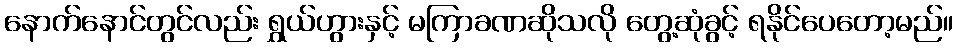
နောက်နောင်တွင်လည်း ရွှယ်ဟွားနှင့် မကြာခဏဆိုသလို တွေ့ဆုံခွင့် ရနိုင်ပေတော့မည်။